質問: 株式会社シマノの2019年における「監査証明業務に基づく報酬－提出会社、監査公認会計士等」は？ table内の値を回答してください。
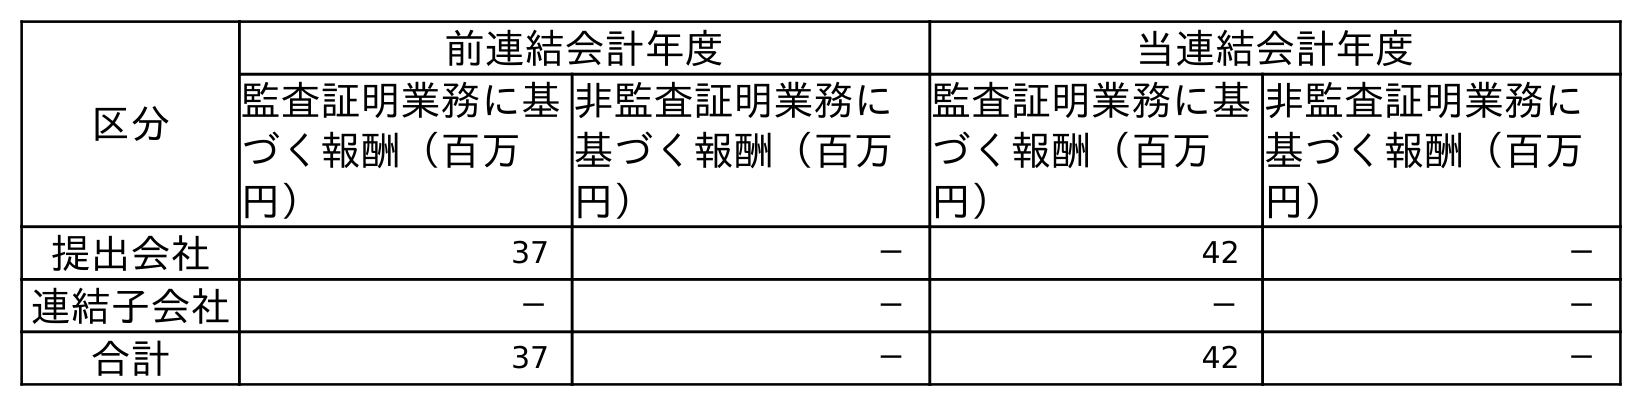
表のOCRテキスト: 区分 前連結会計年度 当連結会計年度 監査証明業務に基 づく報酬（百万 円） 非監査証明業務に 基づく報酬（百万 円） 監査証明業務に基 づく報酬（百万 円） 非監査証明業務に 基づく報酬（百万 円） 提出会社 37 － 42 － 連結子会社 － － － － 合計 37 － 42 －
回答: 37